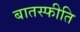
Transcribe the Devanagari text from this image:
बातस्फीति